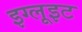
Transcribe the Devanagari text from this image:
इग्लूइट